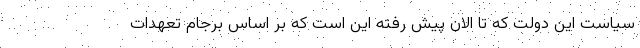
سیاست این دولت که تا الان پیش رفته این است که بر اساس برجام تعهدات